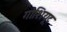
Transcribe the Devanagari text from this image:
गोशियूट